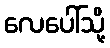
လေပေါ်သို့